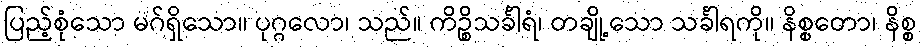
ပြည့်စုံသော မဂ်ရှိသော။ ပုဂ္ဂလော၊ သည်။ ကိဉ္စိသင်္ခါရံ၊ တချို့သော သင်္ခါရကို။ နိစ္စတော၊ နိစ္စ